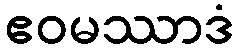
ဧဝမဿာဒံ